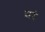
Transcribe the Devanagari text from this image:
शरं